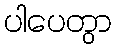
ပါပေတွာ